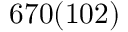
6 7 0 ( 1 0 2 )